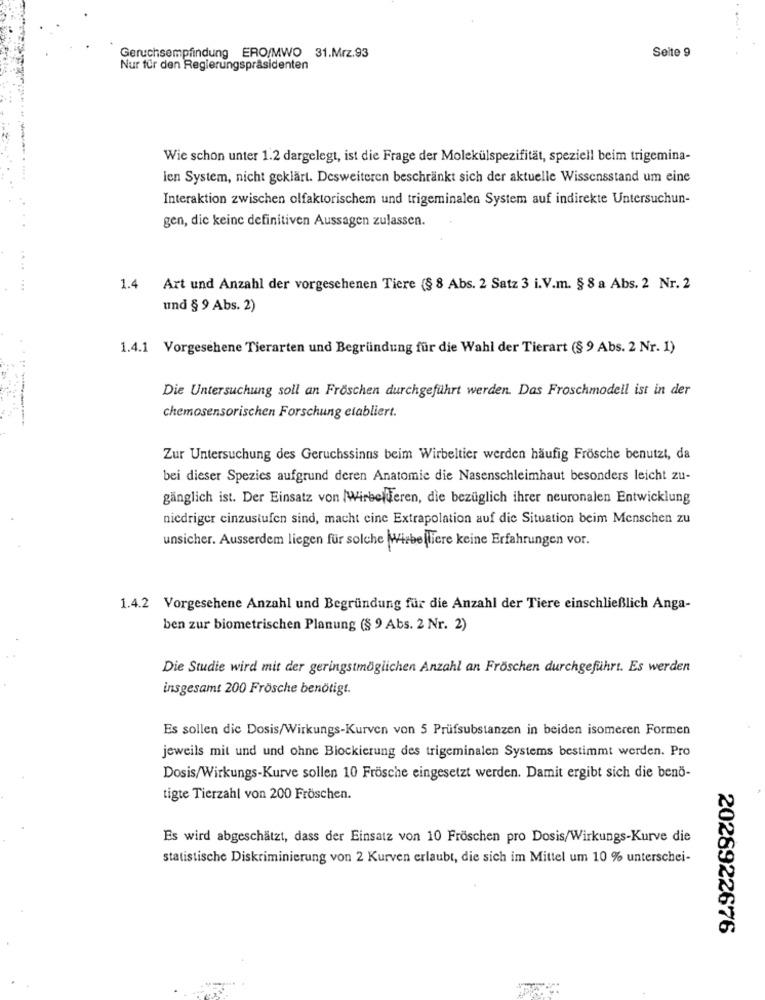
Geruchsempfindung ERO/MWO 31.Mrz.93
Seite 9
Nur für den Regierungspräsidenten
Wie schon unter 1.2 dargelegt, ist die Frage der Molekülspezifität, speziell beim trigemina-
ien System, nicht geklärt. Desweiteren beschränkt sich der aktuelle Wissensstand um eine
Interaktion zwischen olfaktorischem und trigeminalen System auf indirekte Untersuchun-
gen, die keine definitiven Aussagen zulassen.
1.4 Art und Anzahl der vorgesehenen Tiere (§ 8 Abs. 2 Satz 3 i.V.m. § 8 a Abs. 2 Nr. 2
und § 9 Abs. 2)
1.4.1 Vorgesehene Tierarten und Begründung für die Wahl der Tierart (§ 9 Abs. 2 Nr. 1)
Die Untersuchung soll an Fröschen durchgeführt werden. Das Froschmodell ist in der
chemosensorischen Forschung etabliert.
Zur Untersuchung des Geruchssinns beim Wirbeltier werden häufig Frösche benutzt, da
bei dieser Spezies aufgrund deren Anatomie die Nasenschleimhaut besonders leicht zu-
gänglich ist. Der Einsatz von |Wirbelferen, die bezüglich ihrer neuronalen Entwicklung
niedriger cinzustufen sind, macht cine Extrapolation auf die Situation beim Menschen zu
unsicher. Ausserdem liegen für solche Wirbelliere keine Erfahrungen vor.
1.4.2 Vorgesehene Anzahl und Begründung für die Anzahl der Tiere einschließlich Anga-
ben zur biometrischen Planung (§ 9 Abs. 2 Nr. 2)
Die Studie wird mit der geringstmöglichen Anzahl an Fröschen durchgeführt. Es werden
insgesamt 200 Frösche benötigt.
Es sollen die Dosis/Wirkungs-Kurven von 5 Prüfsubstanzen in beiden isomeren Formen
jeweils mit und und ohne Blockierung des trigeminalen Systems bestimmt werden. Pro
Dosis/Wirkungs-Kurve sollen 10 Frösche eingesetzt werden. Damit ergibt sich die benö-
tigte Tierzahl von 200 Fröschen.
Es wird abgeschätzt, dass der Einsatz von 10 Fröschen pro Dosis/Wirkungs-Kurve die
statistische Diskriminierung von 2 Kurven erlaubt, die sich im Mittel um 10 % unterschei-
2028922676